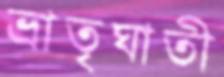
ভ্রাতৃঘাতী